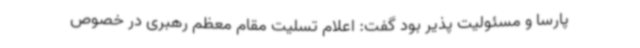
پارسا و مسئولیت پذیر بود گفت: اعلام تسلیت مقام معظم رهبری در خصوص